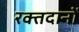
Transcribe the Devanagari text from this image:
रक्तदानों